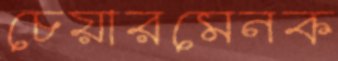
চেয়ারমেনক